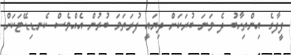
ފީފާގެ އިންތިހާބު ދެ ވަނަ ބުރަކަށް ދިޔައީ ފުރަތަމަ ބުރުން އެއްވެސް ކެނޑިޑޭޓަކަށް